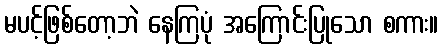
မပင့်ဖြစ်တော့ဘဲ နေကြပုံ အကြောင်းပြုသော စကား။